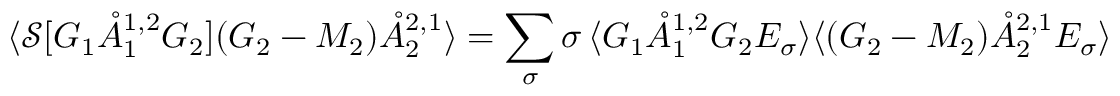
\langle \mathcal { S } [ G _ { 1 } \mathring { A } _ { 1 } ^ { { 1 , 2 } } G _ { 2 } ] ( G _ { 2 } - M _ { 2 } ) \mathring { A } _ { 2 } ^ { { 2 , 1 } } \rangle = \sum _ { \sigma } \sigma \, \langle G _ { 1 } \mathring { A } _ { 1 } ^ { { 1 , 2 } } G _ { 2 } E _ { \sigma } \rangle \langle ( G _ { 2 } - M _ { 2 } ) \mathring { A } _ { 2 } ^ { { 2 , 1 } } E _ { \sigma } \rangle